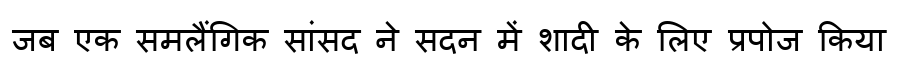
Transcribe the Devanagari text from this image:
जब एक समलैंगिक सांसद ने सदन में शादी के लिए प्रपोज किया